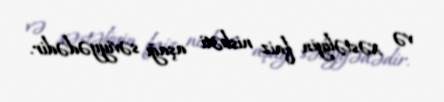
və xəstəliyin faiz nisbəti aşağı səviyyədədir.